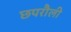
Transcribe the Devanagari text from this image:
छपरौली